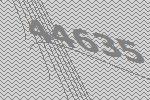
44635